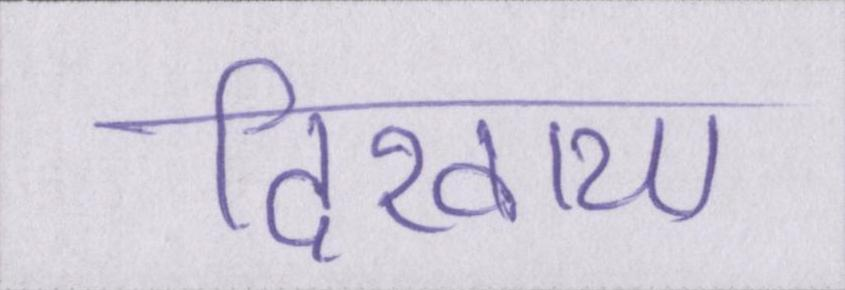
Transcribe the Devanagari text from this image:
दिखाया